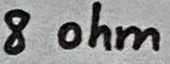
Text: 8 ohm